Report of the veterinary officer investigating camel disease
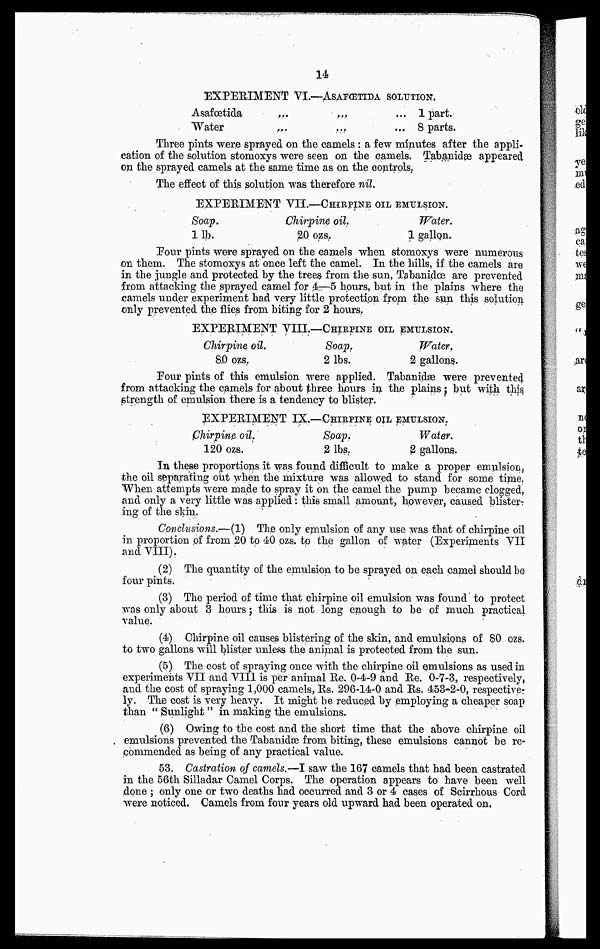
14
EXPERIMENT VI.—ASAFŒTIDA SOLUTION.
Asafœtida
Water
...
...
...
...
1 part.
8 parts.
Three pints were sprayed on the camels : a few minutes after the appli-
cation of the solution stomoxys were seen on the camels. Tabanidæ appeared
on the sprayed camels at the same time as on the controls.
The effect of this solution was therefore nil.
EXPERIMENT VII.—CHIRPINE OIL EMULSION.
Soap.
11b.
Chirypine oil.
20 ozs.
Water.
1 gallon.
Pour pints were sprayed on the camels when stomoxys were numerous
on them. The stomoxys at once left the camel. In the hills, if the camels are
in the jungle and protected by the trees from the sun, Tabanidce are prevented
from attacking the sprayed camel for 4—5 hours, but in the plains where the
camels under experiment had very little protection from the sun this solution
only prevented the flies from biting for 2 hours.
EXPERIMENT VIII.—CHIRPINE OIL EMULSION.
Chirpine oil.
80 OZS.
Soap.
2 lbs.
Water.
2 gallons.
Pour pints of this emulsion were applied. Tabanidæ were prevented
from attacking the camels for about three hours in the plains ; but with this
strength of emulsion there is a tendency to blister.
EXPERIMENT IX.—CHIRPINE OIL EMULSION.
Chirpine oil.
120 ozs.
Soap.
2lbs.
Water.
2 gallons.
In these proportions it was found difficult to make a proper emulsion,
the oil separating oat when the mixture was allowed to stand for some time.
When attempts were made to spray it on the camel the pump became clogged,
and only a very little was applied: this small amount, however, caused blister-
ing of the skin.
Conclusions.:—(1) The only emulsion of any use was that of chirpine oil
in proportion of from 20 to 40 ozs. to the gallon of water (Experiments VII
and VIII).
(2) The quantity of the emulsion to be sprayed on each camel should be
four pints.
(3) The period of time that chirpine oil emulsion was found to protect
was only about 3 hours; this is not long enough to be of much practical
value.
(4) Chirpine oil causes blistering of the skin, and emulsions of 80 ozs.
to two gallons will blister unless the animal is protected from the sun.
(5) The cost of spraying once with the chirpine oil emulsions as used in
experiments VII and VIII is per animal Re. 0-4-9 and Re. 0-7-3, respectively,
and the cost of spraying 1,000 camels, Rs. 296-14-0 and Rs. 453-2-0, respective-
ly. The cost is very heavy. It might be reduced by employing a cheaper soap
than " Sunlight " in making the emulsions.
(6) Owing to the cost and the short time that the above chirpine oil
emulsions prevented the Tabanidæ from biting, these emulsions cannot be re-
commended as being of any practical value.
53. Castration of camels.—I saw the 167 camels that had been castrated
in the 56th Silladar Camel Corps. The operation appears to have been well
done ; only one or two deaths had occurred and 3 or 4 cases of Scirrhous Cord
were noticed. Camels from four years old upward had been operated on.